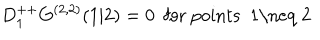
LaTeX: D _ { 1 } ^ { + + } G ^ { ( 2 , 2 ) } ( 1 \vert 2 ) = 0 \ \ \mathrm { f o r ~ p o i n t s ~ 1 \neq ~ 2 ~ }